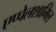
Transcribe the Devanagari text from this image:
एप्पेलशामिल